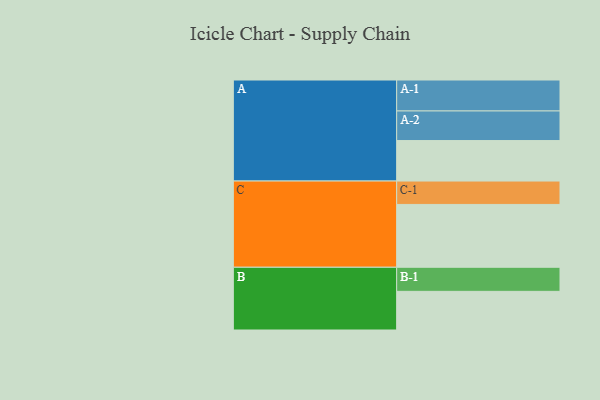
{"axis": {"x": "Segment", "y": "Value"}, "legend": ["", "A", "B", "C"], "data": [{"x": "A", "y": 353, "type": ""}, {"x": "B", "y": 337, "type": ""}, {"x": "C", "y": 548, "type": ""}, {"x": "A-1", "y": 270, "type": "A"}, {"x": "A-2", "y": 258, "type": "A"}, {"x": "B-1", "y": 210, "type": "B"}, {"x": "C-1", "y": 204, "type": "C"}]}